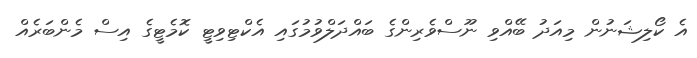
އެ ކޯލިޝަނުން މިއަދު ބޭއްވި ނޫސްވެރިންގެ ބައްދަލްވުމުގައި އެކްޓިވިޓީ ކޮމެޓީގެ އިސް މެންބަރެއް